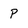
Character: p